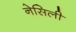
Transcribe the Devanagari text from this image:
नेसिली